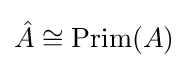
{\hat {A}}\cong \operatorname {Prim} (A)